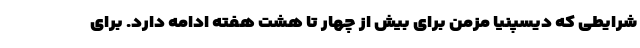
شرایطی که دیسپنیا مزمن برای بیش از چهار تا هشت هفته ادامه دارد. برای